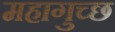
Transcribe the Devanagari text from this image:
महागुच्छ